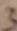
Text: 3